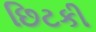
છિટકી